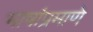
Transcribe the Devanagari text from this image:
भाषांप्रमाणे